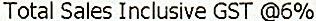
TOTAL SALES INCLUSIVE GST @6%